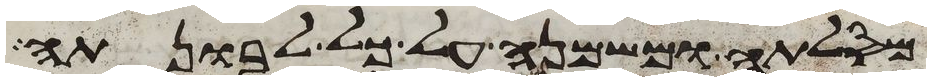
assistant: מסלתה ומשמנה על כל לבונתה